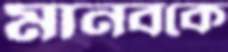
মানবকে